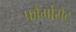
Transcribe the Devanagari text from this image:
फौर्मोसैट